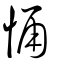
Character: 悀